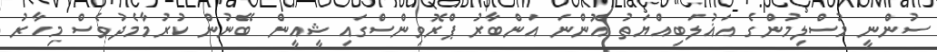
ސުންނީ މުސްލިމުންގެ އަޣުލަބިއްޔަތު އޮންނަ އަންބާރު ޕްރޮވިންސްގައި ޝީއީން ބޭނުން ކުރުމާމެދުވެސް މިހާރު